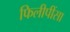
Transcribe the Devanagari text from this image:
फिलीपींसा